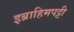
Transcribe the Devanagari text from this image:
इब्राहिमपट्टी